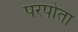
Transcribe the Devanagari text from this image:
परपोता